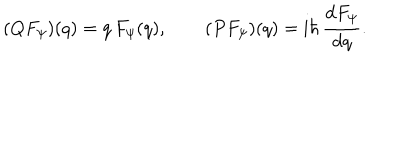
( Q F _ { \psi } ) ( q ) = q \, F _ { \psi } ( q ) , \qquad ( P F _ { \psi } ) ( q ) = \mathrm { i } \hbar \, { \frac { \mathrm { d } F _ { \psi } } { \mathrm { d } q } } .